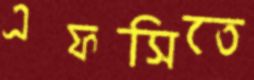
এফসিতে